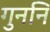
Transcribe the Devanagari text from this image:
गुननि